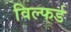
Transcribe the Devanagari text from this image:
विल्फर्ड